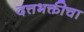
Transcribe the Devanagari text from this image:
दत्तभक्तीचा